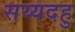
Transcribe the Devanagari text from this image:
सय्यदहु